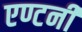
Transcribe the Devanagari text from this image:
एण्टनी